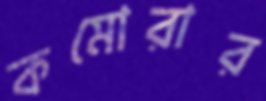
কমোরার